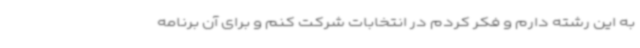
به این رشته دارم و فکر کردم در انتخابات شرکت کنم و برای آن برنامه